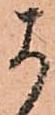
よ